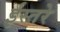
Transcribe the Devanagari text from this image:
ईस्तरे